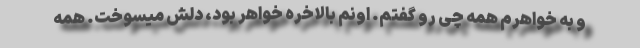
و به خواهرم همه چی رو گفتم. اونم بالاخره خواهر بود، دلش میسوخت. همه